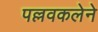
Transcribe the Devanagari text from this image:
पल्लवकलेने